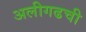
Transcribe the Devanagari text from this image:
अलीगढची